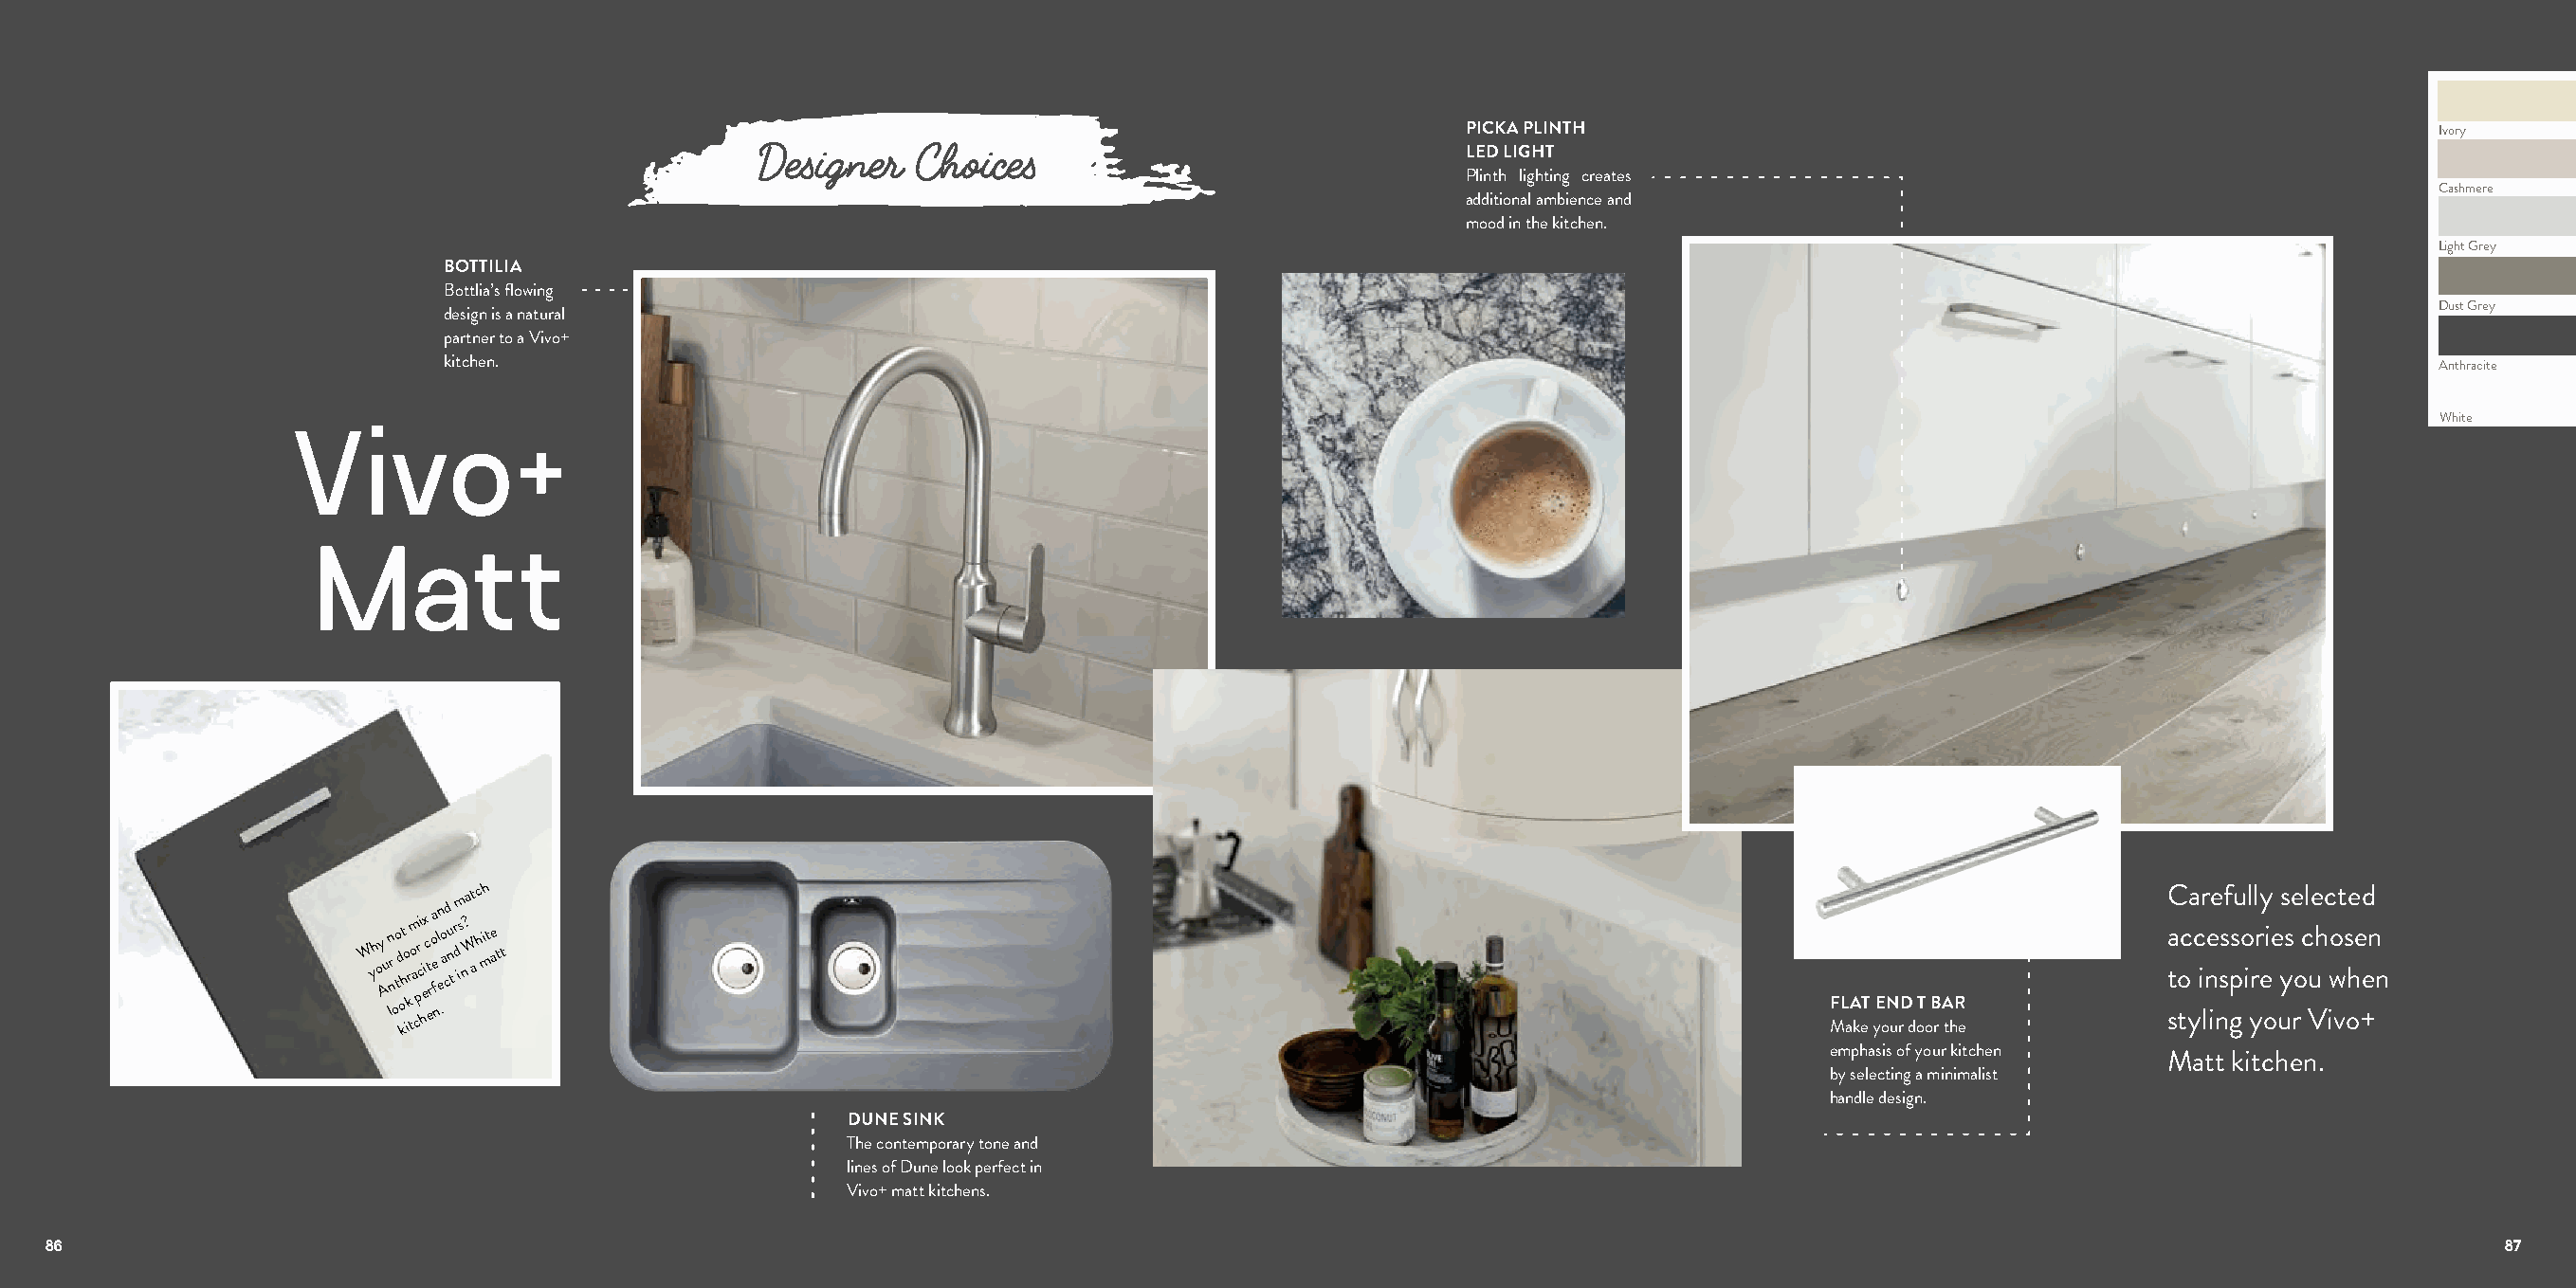
PICKA PLINTH                                                        Ivory
 Designer   Choices                               LED LIGHT
 Plinth lighting creates
 Cashmere
 additional ambience and
 mood in the kitchen.
 Light Grey
 BOTTILIA
 Bottlia’s flowing
 Dust Grey
 design is a natural
 partner to a Vivo+
 kitchen.                                                                                                                                   Anthracite
 White
 Vivo+
 Matt
 W yh oy
 A
 u
 lrn
 n
 oto d
 o
 kt
 h
 i
 o
 r
 k
 t
 m o
 a
 cr pi
 c hi
 ex c
 t
 r
 efa o
 e
 nl .en ao cd nu
 t
 r d
 im
 s n?
 a
 W
 t
 a
 c
 hi
 mh
 t ae tt
 MFL aA keT yE oN urD
 d
 oT
 o
 B
 r
 A thR
 e
 C
 a
 t so
 tc
 ya
 c
 ir
 lne
 ie nssf gpsu
 o
 il yrl
 r
 ey
 oie
 uys se
 ro
 cl Vue
 h
 c
 iwo
 vt
 s
 ohe
 e
 +d
 en
 n
 emphasis of your kitchen
 Matt kitchen.
 by selecting a minimalist
 handle design.
 DUNE SINK
 The contemporary tone and
 lines of Dune look perfect in
 Vivo+ matt kitchens.
 86                                                                                                                                                                          87